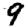
Digit: 9